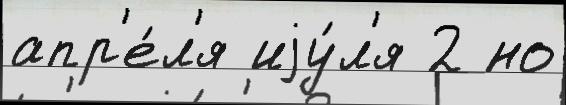
апр'е́л'я иjу́л'я 2 но